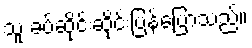
သူ ခပ်ဆိုင်းဆိုင်းပြန်ပြောသည်။